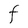
Character: F